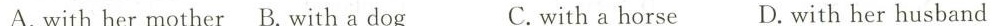
A. with her mother B.With a dog C. With a horse D. With her husband